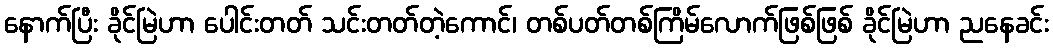
နောက်ပြီး ခိုင်မြဲဟာ ပေါင်းတတ် သင်းတတ်တဲ့ကောင်၊ တစ်ပတ်တစ်ကြိမ်လောက်ဖြစ်ဖြစ် ခိုင်မြဲဟာ ညနေခင်း